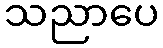
သညာပေ